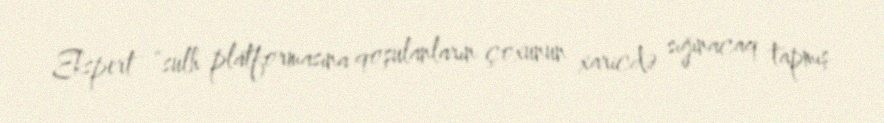
Ekspert “sülh platformasına qoşulanların çoxunun xaricdə sığınacaq tapmış